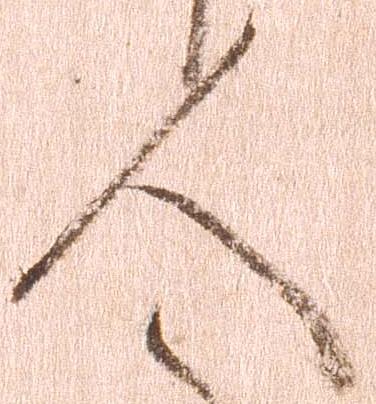
人